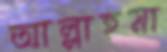
আল্লাহুমা